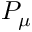
P _ { \mu }